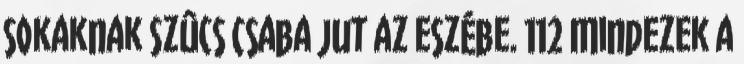
sokaknak Szûcs Csaba jut az eszébe. 112 Mindezek a